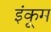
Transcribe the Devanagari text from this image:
इंकूम